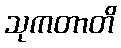
သုကတာတိ